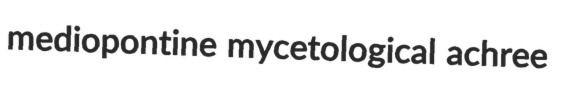
mediopontine mycetological achree